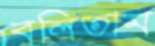
বলিতাম